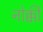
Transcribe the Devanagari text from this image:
नोक्की